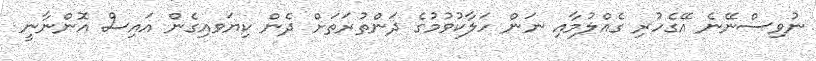
ނުވިސްނޭނެ އޭގެހުރި ގެއްލުމާއި ނަން ހަލާކުވުމުގެ ދަންތުރަތަށް ދެން ކިޔަވއިގެން އައިސް އޮންނާނީ